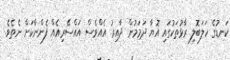
ކަނޑުގެ ހަލަބޮލި ރާޅުތަކުގައި އޮޔާ ދަމަމުން ދާއިރު އެއްވެސް އައްސޭރިއެއް ފެންނާކަށް ނެތެވެ.